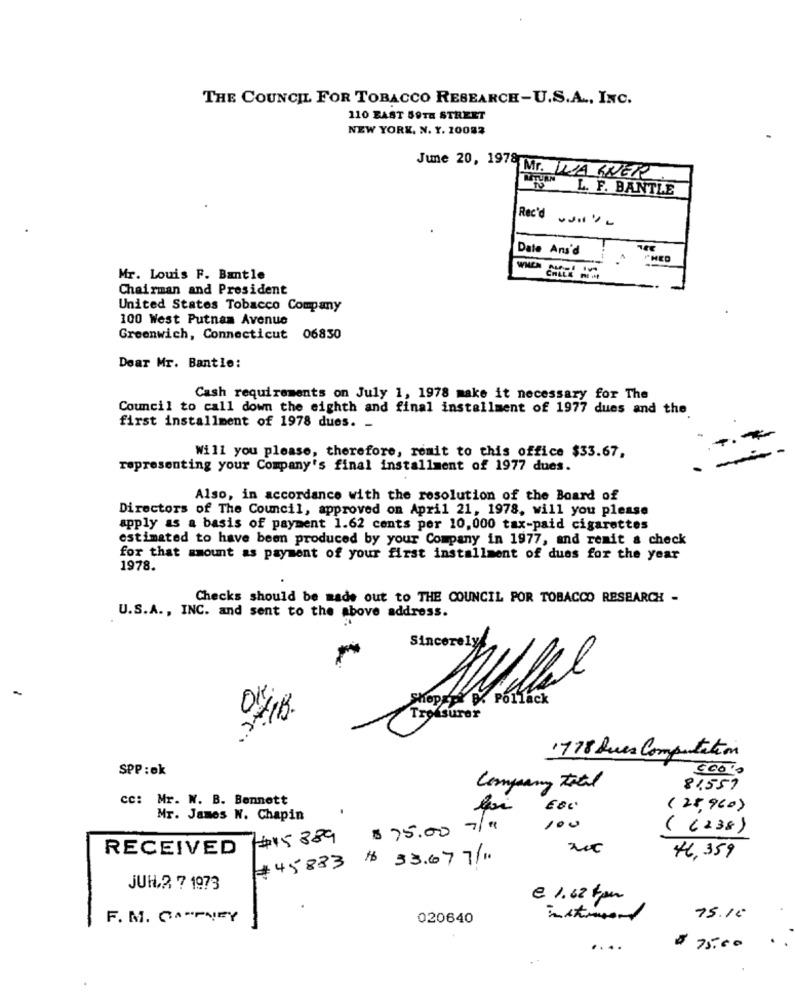
THE COUNCIL FOR TOBACCO RESEARCH-U.S.A ., INC.
110 EAST 59TH STREET
NEW YORK, N. Y. 10082
June 20, 1976 Mr. WARNER
L. F. BANTLE
Rec'd .. I'm
Date Ans'd
Mr. Louis F. Bantle
Chairman and President
United States Tobacco Company
100 West Putnam Avenue
Greenwich, Connecticut 06830
Dear Mr. Bantle:
Cash requirements on July 1, 1978 make it necessary for The
Council to call down the eighth and final installment of 1977 dues and the
first installment of 1978 dues. -
Will you please, therefore, remit to this office $33.67,
representing your Company's final installment of 1977 dues.
Also, in accordance with the resolution of the Board of
Directors of The Council, approved on April 21, 1978, will you please
apply as a basis of payment 1.62 cents per 10,000 tax-paid cigarettes
estimated to have been produced by your Company in 1977, and remit & check
for that amount as payment of your first installment of dues for the year
1978.
Checks should be made out to THE COUNCIL POR TOBACCO RESEARCH -
U.S.A. , INC. and sent to the above address.
Sincerely
OK
Shopsa. B. Pollack
Troisurer
1778 Ques Computation
SPP :ok
0000
Company total
8,559
cc: Mr. W. B. Bennett
foi
(28,960)
Mr. James W. Chapin
7/1
100
( 6238)
#15389
$75.00
RECEIVED
#45833 $ 33.677/11
46,359
JUH.2 7 1973
-
€ 1.62 5pm
F. M. CAMPNEY
020640
75.16
....
$ 75.00